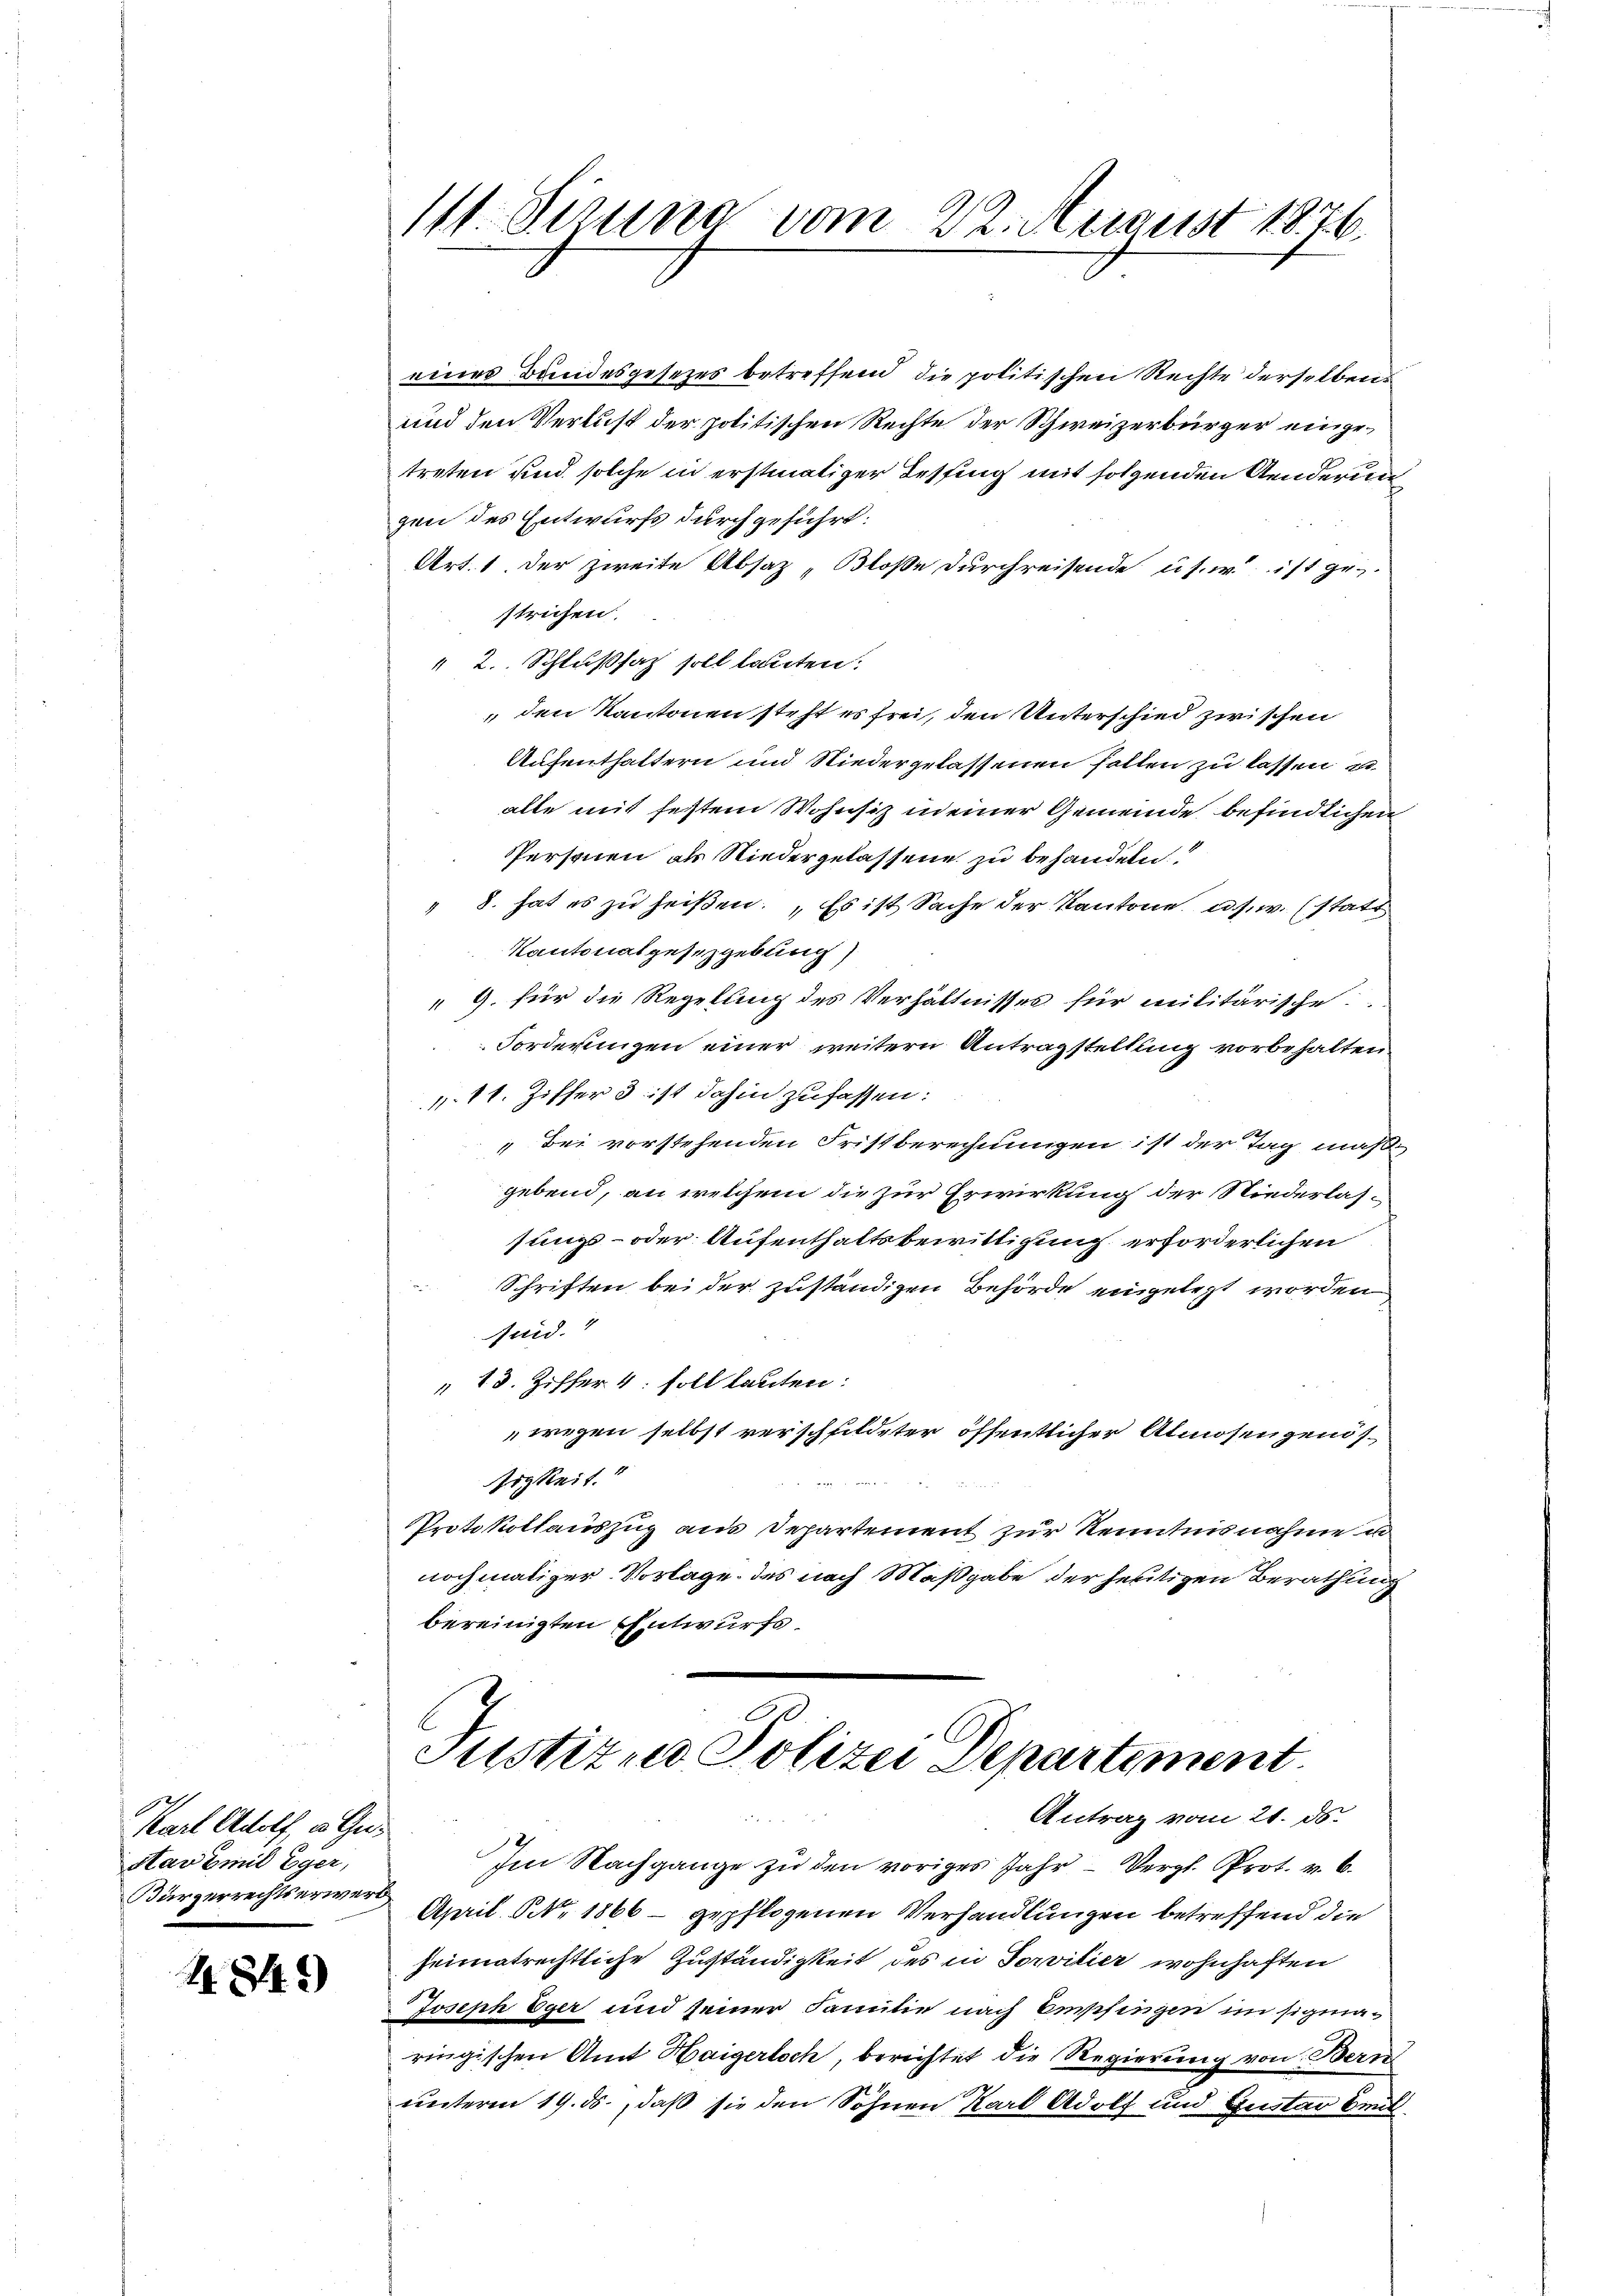
Karl Adolf, v. Gus
stavémit Eger,
Bürgerrechtserwerb

4845)

eines Bundesgesetzes betreffend die politischen Rechte derselben
und den Verlust der politischen Rechte der Schweizerbürger eingetreten und solche in erstmätiger Tessing mit folgenden Aenderun
gen des Entwurfs durchgeführt:
Art. 1 der zweite Absatz „Bloße durchreisende u. s. w. ist ges
strichen.
" 2. Schlußsatz soll lauten:
den Kantonen steht es frei, den Unterschied zwischen
Aufenthaltern und Niedergelassenen fallen zu lassen u
alle mit festem Wohnsiz in einer Gemeinde befindlichen
Personen als Niedergelassene zu behandeln
" 8. hat es zu heißen. Es ist Sache der Kantone, u. s. w. statt
Kantonalgesezgebung)
9. für die Regelung des Verhältnisses für militärische
Forderungen einer weitern Antragstellung vorbehalten
111. Ziffer 3 ist dahin zufassen:
Bei vorstehenden Fristberechnungen ist der Tag maß
gebend, an welchem die zur Erwirkung der Niederlassungs- oder Aufenthaltsbewittigung erforderlichen
Schriften bei der zuständigen Behörde eingelegt worden
sind.“
" 18. Ziffer 4. soll lauten:
wegen selbst verschfildeter öffentlicher Almosengend
sigkeit.
Protokollauszug aus Departement zur Kenntnisnahme un
nochmaliger Vorlage des nach Maßgabe der heutigen Berathung
bereinigten Entwurfs.
C

1 Sirna vom 22. August 1876.

Justizio Polizei Departement.
Antrag vom 21. ds.

Im Nachgange zŭ den voriges Jahr - Vergl. Prot. v. 6.
April NNo. 1866 - gepflogenen Verhandlungen betreffend die
seimatrechtliche Zuständigkeit des in Sorvitier wohnhaften
Joseph Eger und seiner Familie nach Befingen im signaringischen Amt Haigertoch, berichtet die Regierung von Bern
unterm 19. ds., daß sie den Söhnen Karl Adolf und Gustav Brud